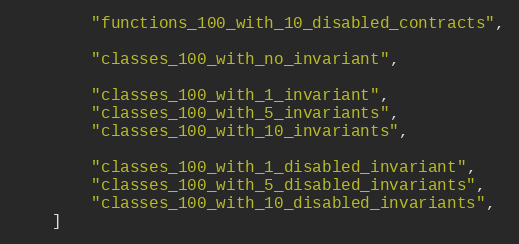
Language: Python
        "functions_100_with_10_disabled_contracts",

        "classes_100_with_no_invariant",

        "classes_100_with_1_invariant",
        "classes_100_with_5_invariants",
        "classes_100_with_10_invariants",

        "classes_100_with_1_disabled_invariant",
        "classes_100_with_5_disabled_invariants",
        "classes_100_with_10_disabled_invariants",
    ]